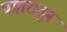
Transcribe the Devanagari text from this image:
पगारातून